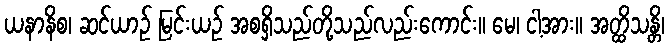
ယနာနိစ၊ ဆင်ယာဉ် မြင်းယဉ် အစရှိသည်တို့သည်လည်းကောင်း။ မေ၊ ငါ့အား။ အတ္ထိသန္တိ၊